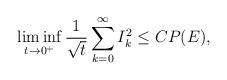
LaTeX: \begin{align*}\liminf_{t\to 0^+}\frac{1}{\sqrt{t}}\sum_{k=0}^\infty I_k^2 \leq CP(E),\end{align*}